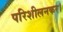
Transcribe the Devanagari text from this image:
परिशीलनकर।